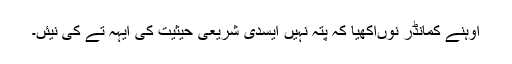
اوہنے کمانڈر نوںآکھیا کہ پتہ نہیں ایسدی شریعی حیثیت کی ایہہ تے کی نیئں۔